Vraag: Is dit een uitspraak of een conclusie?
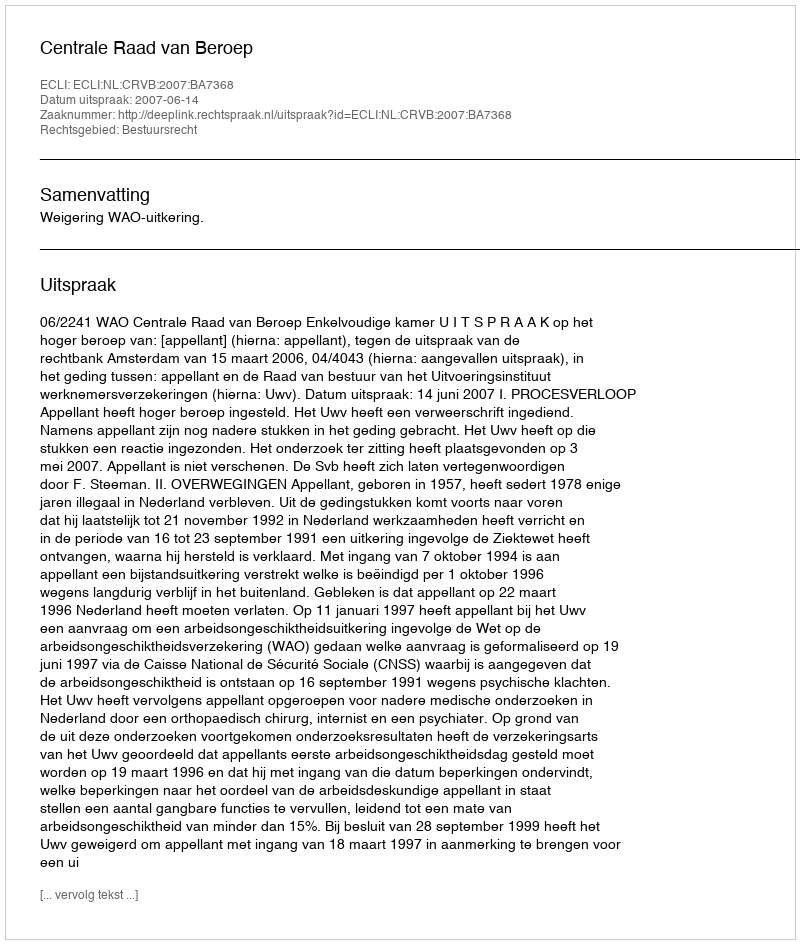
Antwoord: Uitspraak